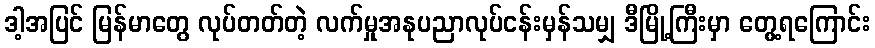
ဒါ့အပြင် မြန်မာတွေ လုပ်တတ်တဲ့ လက်မှုအနုပညာလုပ်ငန်းမှန်သမျှ ဒီမြို့ကြီးမှာ တွေ့ရကြောင်း